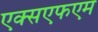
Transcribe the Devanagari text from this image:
एक्सएफएम